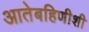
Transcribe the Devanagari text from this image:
आतेबहिणीशी